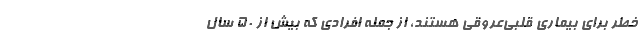
خطر برای بیماری قلبی‌عروقی هستند، از جمله افرادی که بیش از 50 سال